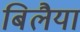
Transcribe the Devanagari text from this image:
बिलैया